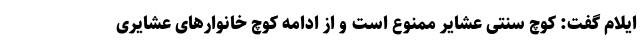
ایلام گفت: کوچ سنتی عشایر ممنوع است و از ادامه کوچ خانوارهای عشایری